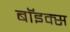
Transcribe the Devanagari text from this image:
बाॅइक्स